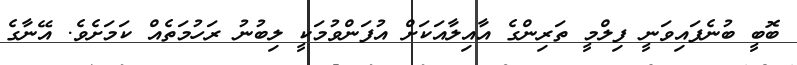
ބޮބީ ބުނެފައިވަނީ ފިލްމީ ތަރިންގެ އާއިލާއަކަށް އުފަންވުމަކީ ލިބުނު ރަހުމަތެއް ކަމަށެވެ. އޭނާގެ